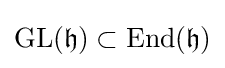
{\text{GL}}({\mathfrak {h}})\subset {\text{End}}({\mathfrak {h}})